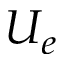
U _ { e }